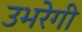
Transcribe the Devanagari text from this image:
उभरेगी